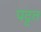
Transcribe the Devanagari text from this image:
पट्टत